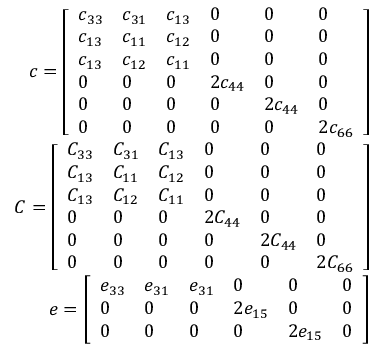
\begin{array} { r } { \boldsymbol { c } = \left[ \begin{array} { l l l l l l } { c _ { 3 3 } } & { c _ { 3 1 } } & { c _ { 1 3 } } & { 0 } & { 0 } & { 0 } \\ { c _ { 1 3 } } & { c _ { 1 1 } } & { c _ { 1 2 } } & { 0 } & { 0 } & { 0 } \\ { c _ { 1 3 } } & { c _ { 1 2 } } & { c _ { 1 1 } } & { 0 } & { 0 } & { 0 } \\ { 0 } & { 0 } & { 0 } & { 2 c _ { 4 4 } } & { 0 } & { 0 } \\ { 0 } & { 0 } & { 0 } & { 0 } & { 2 c _ { 4 4 } } & { 0 } \\ { 0 } & { 0 } & { 0 } & { 0 } & { 0 } & { 2 c _ { 6 6 } } \end{array} \right] } \\ { \boldsymbol { C } = \left[ \begin{array} { l l l l l l } { C _ { 3 3 } } & { C _ { 3 1 } } & { C _ { 1 3 } } & { 0 } & { 0 } & { 0 } \\ { C _ { 1 3 } } & { C _ { 1 1 } } & { C _ { 1 2 } } & { 0 } & { 0 } & { 0 } \\ { C _ { 1 3 } } & { C _ { 1 2 } } & { C _ { 1 1 } } & { 0 } & { 0 } & { 0 } \\ { 0 } & { 0 } & { 0 } & { 2 C _ { 4 4 } } & { 0 } & { 0 } \\ { 0 } & { 0 } & { 0 } & { 0 } & { 2 C _ { 4 4 } } & { 0 } \\ { 0 } & { 0 } & { 0 } & { 0 } & { 0 } & { 2 C _ { 6 6 } } \end{array} \right] } \\ { \boldsymbol { e } = \left[ \begin{array} { l l l l l l } { e _ { 3 3 } } & { e _ { 3 1 } } & { e _ { 3 1 } } & { 0 } & { 0 } & { 0 } \\ { 0 } & { 0 } & { 0 } & { 2 e _ { 1 5 } } & { 0 } & { 0 } \\ { 0 } & { 0 } & { 0 } & { 0 } & { 2 e _ { 1 5 } } & { 0 } \end{array} \right] } \end{array}